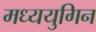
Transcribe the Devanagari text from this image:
मध्ययुगिन